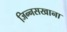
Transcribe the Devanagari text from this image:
जिन्नसखाना